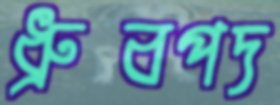
ধ্রুবপদ